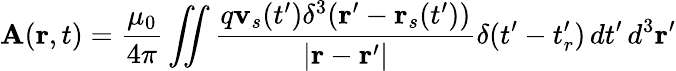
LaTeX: \mathbf{A}(\mathbf{r},t)={\frac{\mu_{0}}{4\pi}}\iint{\frac{q\mathbf{v}_{s}(t^{\prime})\delta^{3}(\mathbf{r^{\prime}}-\mathbf{r}_{s}(t^{\prime}))}{|\mathbf{r}-\mathbf{r}^{\prime}|}}\delta(t^{\prime}-t_{r}^{\prime})\, dt^{\prime}\, d^{3}\mathbf{r}^{\prime}